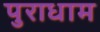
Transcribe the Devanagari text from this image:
पुराधाम